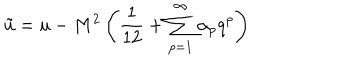
\tilde { u } = u - M ^ { 2 } \left( \frac { 1 } { 1 2 } + \sum _ { p = 1 } ^ { \infty } \alpha _ { p } q ^ { p } \right)